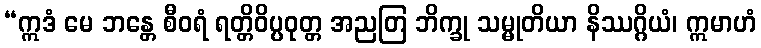
“ဣဒံ မေ ဘန္တေ စီဝရံ ရတ္တိဝိပ္ပဝုတ္တ အညတြ ဘိက္ခု သမ္မုတိယာ နိဿဂ္ဂိယံ၊ ဣမာဟံ